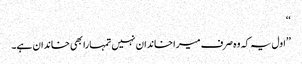
‘‘
’’اول یہ کہ وہ صرف میرا خاندان نہیں تمہارا بھی خاندان ہے۔